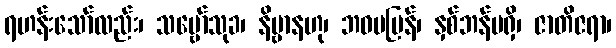
ရဟန်းသော်လည်း၊ သဗ္ဗော်သုခ၊ နိဗ္ဗာနဟု၊ ဘဝမပြန်၊ နှစ်ဘန်မရှိ၊ ဇာတိဇရာ၊